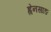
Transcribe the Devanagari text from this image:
ह्वेनसाङ